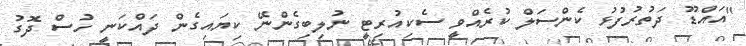
"އައްޑޫ ދަތުރުފުޅު ކެންސަލް ކުރެއްވީ ސެކިއުރިޓީ ނުލިބިގެންނޭ ކިޔައިގެން ދައްކަނީ ހުސް ދޮގު